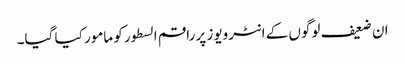
ان ضعیف لوگوں کے انٹرویوز پر راقم السطور کو مامور کیا گیا۔